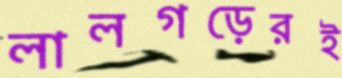
লালগড়েরই